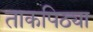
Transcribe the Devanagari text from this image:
ताकपिठ्या